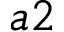
a 2